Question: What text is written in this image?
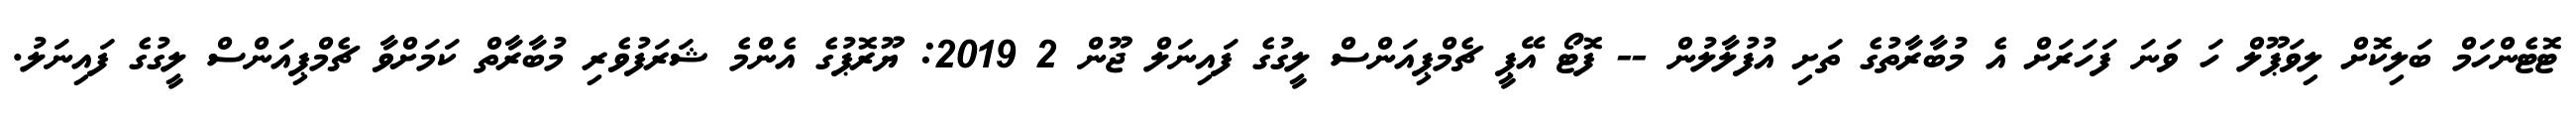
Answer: ޓޮޓެންހަމް ބަލިކޮށް ލިވަޕޫލް ހަ ވަނަ ފަހަރަށް އެ މުބާރާތުގެ ތަށި އުފުލާލުން -- ފޮޓޯ އޭޕީ ޗެމްޕިއަންސް ލީގުގެ ފައިނަލް ޖޫން 2 2019: ޔޫރޮޕުގެ އެންމެ ޝަރަފުވެރި މުބާރާތް ކަމަށްވާ ޗެމްޕިއަންސް ލީގުގެ ފައިނަލު.